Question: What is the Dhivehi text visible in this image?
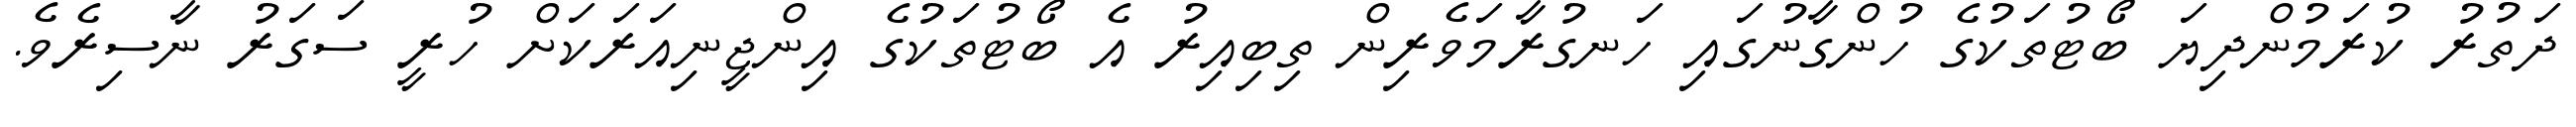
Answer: ދަތުރު ކުރަމުންދިޔަ ބޯޓުތަކުގެ ހުންގާނުގައި ހަނގުރާމަވެރިން ތިބިއިރު އެ ބޯޓުތަކުގެ އިންޖީނިއަރަކަށް ހުރީ ސަގަރު ނާސިރެވެ.